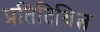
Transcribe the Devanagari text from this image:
प्रतिदिधित्व